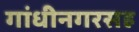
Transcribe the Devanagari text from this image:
गांधीनगरसह